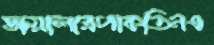
ডায়ালারপাকতিনএ